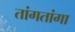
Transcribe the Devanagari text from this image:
तांगतांगा